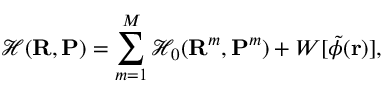
\mathcal { H } ( \mathbf { R } , \mathbf { P } ) = \sum _ { m = 1 } ^ { M } \mathcal { H } _ { 0 } ( \mathbf { R } ^ { m } , \mathbf { P } ^ { m } ) + W [ \tilde { \phi } ( \mathbf { r } ) ] ,